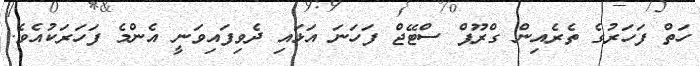
ހަތް ފަހަރުގެ ތެރެއިން ގްރޫޕް ސްޓޭޖް ފަހަނަ އަޅައި ދެވިފައިވަނީ އެންމެ ފަހަރަކުއެވެ.